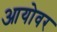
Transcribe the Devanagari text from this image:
आयोवर